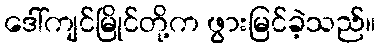
ဒေါ်ကျင်မြိုင်တို့က ဖွားမြင်ခဲ့သည်။